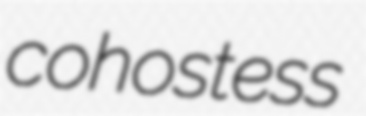
cohostess